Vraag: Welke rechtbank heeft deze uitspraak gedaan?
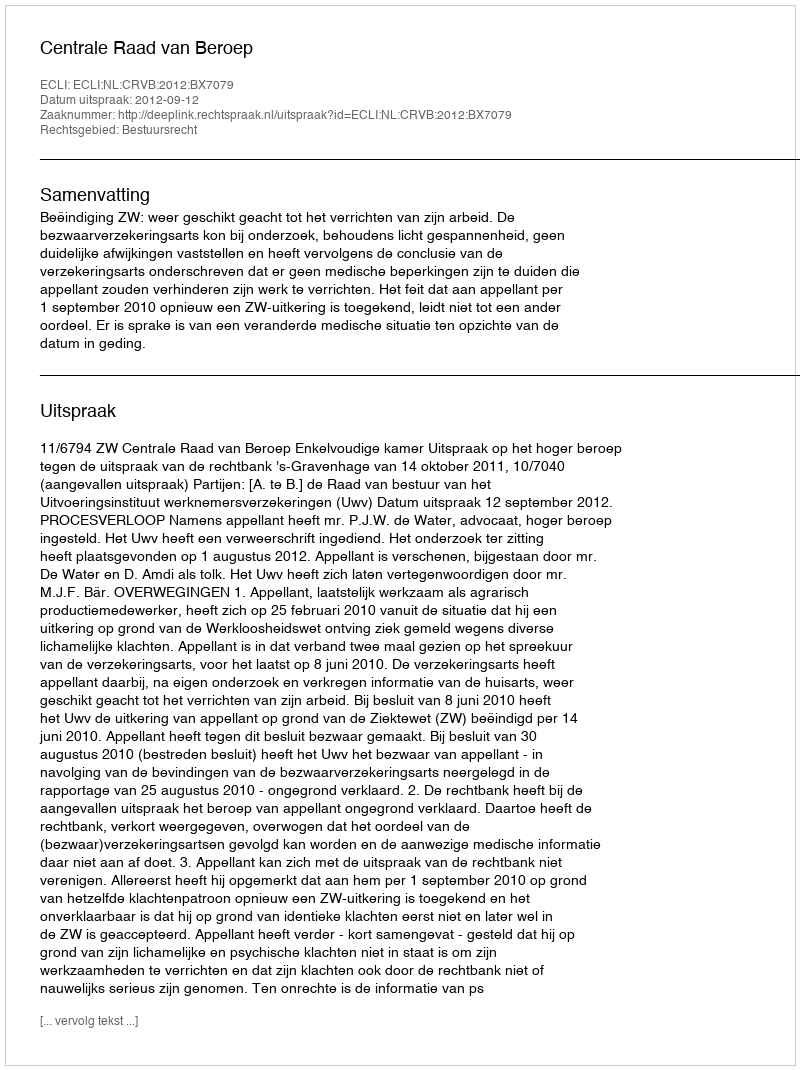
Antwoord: Centrale Raad van Beroep